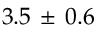
3 . 5 \, \pm \, 0 . 6